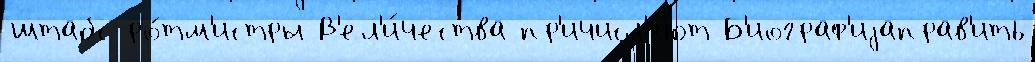
штабс-ро́тм'истры В'ел'и́чества пр'ичисл'я́ют Б'иограф'иjаправ'ить